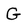
Character: G